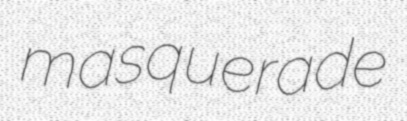
masquerade